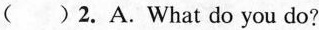
( ) 2.A.What do you do?